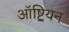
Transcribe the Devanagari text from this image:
ऑष्ट्रियन